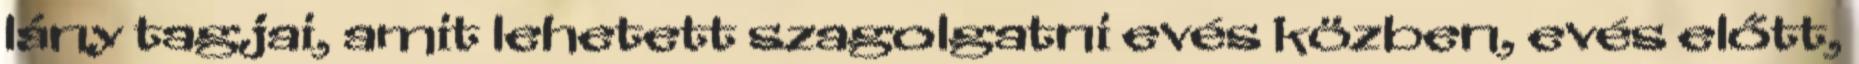
lány tagjai, amit lehetett szagolgatni evés közben, evés előtt,